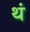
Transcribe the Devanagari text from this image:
थं